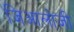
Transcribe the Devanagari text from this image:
जिआलोजी